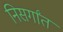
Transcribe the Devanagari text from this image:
निसर्गांत